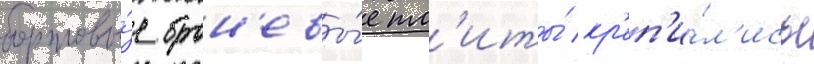
бортовы́е брон'евы́е пл'иты́ кр'еп'и́л'ись